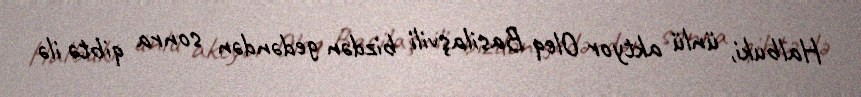
Halbuki, ünlü aktyor Oleq Basilaşvili bizdən gedəndən sonra qibtə ilə